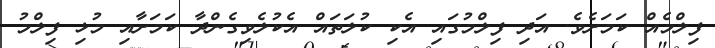
ފިލްމެއް ކަމަށެވެ. އަދި ފިލްމުގައި އެކި ކުލަތައް އެކުލެވިގެންދާ ކަމަށާއި މުޅި ފިލްމު